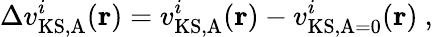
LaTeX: \Delta v_{\mathrm{KS,A}}^{i}(\mathbf{r})={v_{\mathrm{KS,A}}^{i}(\mathbf{r})}-{v_{\mathrm{KS,A=0}}^{i}(\mathbf{r})}\ ,